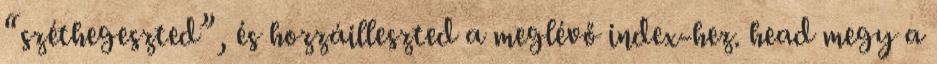
“széthegeszted”, és hozzáilleszted a meglévő index-hez. head megy a